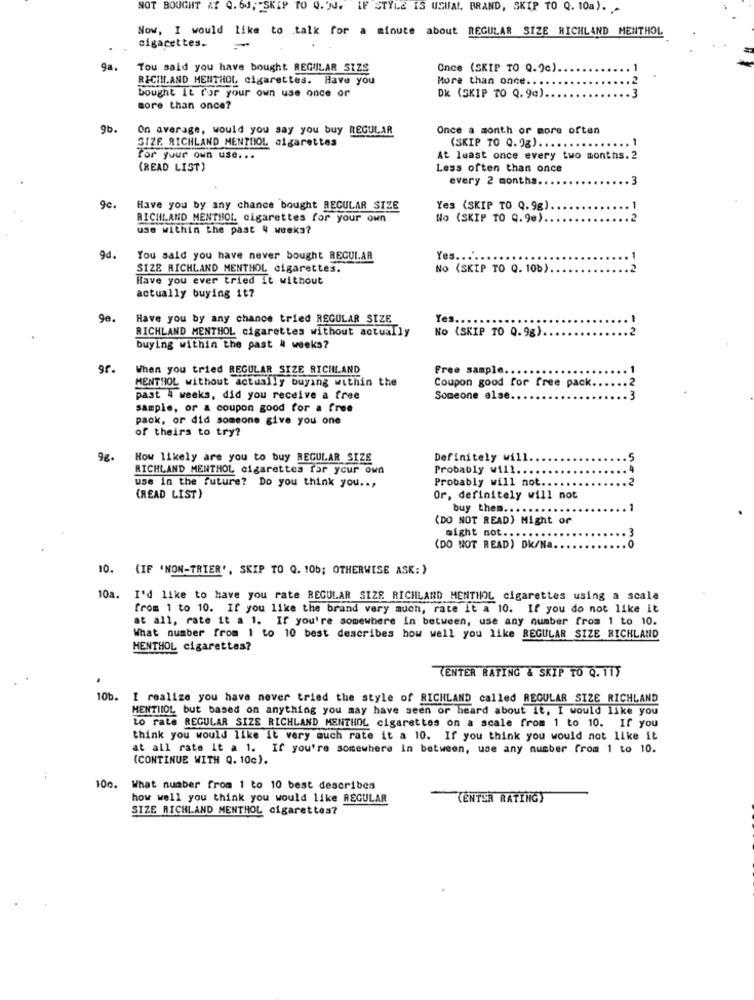
NOT BOUGHT Af Q. 64; SKIP TO Q. 'N. IF STYLE IS USUAL BRAND, SKIP TO Q. 10a). -
Now, I would like to talk for a minute about REGULAR SIZE RICHLAND MENTHOL
cigarettes.
9a.
Tou said you have bought REGULAR SIZE
Once (SKIP TO Q.9c).
RECINLAND MENTHOL, cigarettes. Have you
More than once .. .
bought it for your own use once or
DK (SKIP TO Q. 9c).
more than once?
9b.
On average, would you say you buy REGULAR
Once a month or more often
SIZE RICHLAND MENTHOL cigarettes
(SKIP TO Q.9g) ...
for your own use ...
At least once every two months. 2
(READ LIST)
Less often than once
every 2 months ..
9c.
Have you by any chance bought REGULAR SIZE
Yes (SKIP TO Q. 9g)
RICHLAND MENTHOL. cigarettes for your own
No (SKIP TO Q.9e).
use within the past 4 weeks?
9d.
You said you have never bought REGULAR
Yes ......
SIZE RICHLAND MENTHOL cigarettes.
No (SKIP TO Q. 10b).
Have you ever tried it without
actually buying it?
9e.
Have you by any chance tried REGULAR SIZE
Yes
RICHLAND MENTHOL cigarettes without actually
2
No (SKIP TO Q.98).
buying within the past 4 weeks?
When you tried REGULAR SIZE RICHLAND
Free sample.
MENTHOL without actually buying within the
Coupon good for free pack.
past 4 weeks, did you receive a free
Someone else.
sample, or & coupon good for a free
pack, or did someone give you one
of theirs to try?
9g.
How likely are you to buy REGULAR SIZE
Definitely will.
RICHLAND MENTHOL cigarettes for your own
Probably will.
use in the future? Do you think you ..,
Probably will not.
2
(READ LIST)
Or, definitely will not
buy them ... .
(DO NOT READ) Might or
might not ...
(DO NOT READ) DK/Na.
10. {IF (NON-TRIER', SKIP TO Q. 10b; OTHERWISE ASK: )
10a.
I'd like to have you rate REGULAR SIZE RICHLAND MENTHOL cigarettes using a scale
from 1 to 10. If you like the brand very much, rate it a 10. If you do not like It
at all, rate it a 1. If you're somewhere in between, use any number from 1 to 10.
What number from 1 to 10 best describes how well you like REGULAR SIZE RICHLAND
MENTHOL cigarettes?
TENTER RATING & SKIP TO Q. 115
10b. I realize you have never tried the style of RICHLAND called REGULAR SIZE RICHLAND
MENTIIOL, but based on anything you may have seen or heard about it, I would like you
to rate REGULAR SIZE RICHLAND MENTHOL cigarettes on a scale from 1 to 10. If you
think you would like it very much rate it a 10. If you think you would not like it
at all rate it a 1. If you're somewhere In between, use any number from 1 to 10.
(CONTINUE WITH Q. 10c).
100.
What number from 1 to 10 best describes
how well you think you would like REGULAR
(ENTER RATINGY
SIZE RICHLAND MENTHOL cigarettes?